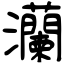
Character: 灡